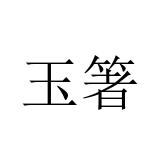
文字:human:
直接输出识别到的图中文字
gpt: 玉箸